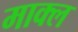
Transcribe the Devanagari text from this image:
माक्ल